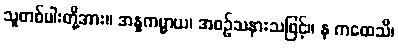
သူတစ်ပါးတို့အား။ အနူကမ္မာယ၊ အစဉ်သနားသဖြင့်။ န ကထေသိ၊